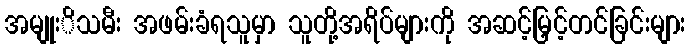
အမျုးိသမီး အဖမ်းခံရသူမှာ သူတို့အရိပ်များကို အဆင့်မြှင့်တင်ခြင်းများ